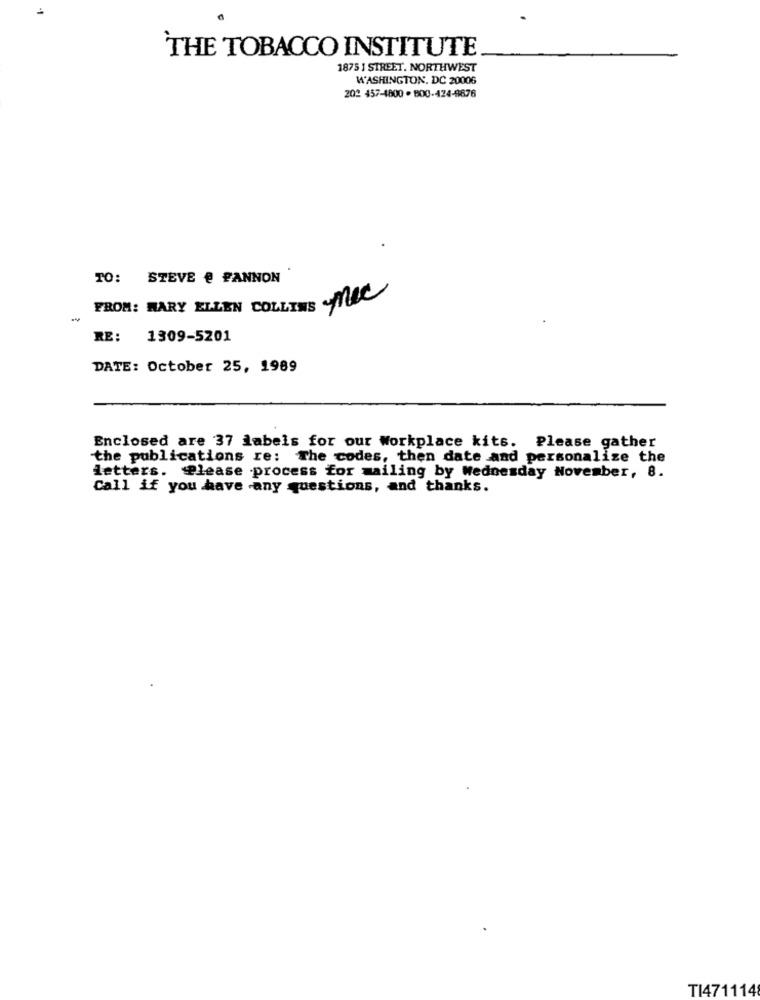
THE TOBACCO INSTITUTE
1875 1 STREET. NORTHWEST
WASHINGTON, DC 20006
202 457-4800 - 800-424-8876
TO: STEVE @ PANNON
FROM: MARY ELLEN COLLINS MIC
-
RE:
1309-5201
DATE: October 25, 1989
Enclosed are 37 labels for our Workplace kits. Please gather
the publications re: The codes, then date and personalize the
letters. Please process for mailing by Wednesday November, 8.
Call if you have any questions, and thanks.
TI471114